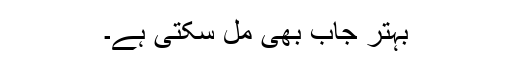
بہتر جاب بھی مل سکتی ہے۔